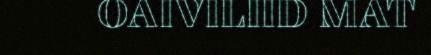
OAIVILIID MAT